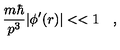
{ \frac { m \hbar } { p ^ { 3 } } } | \phi ^ { \prime } ( r ) | < < 1 \quad ,